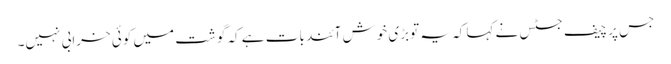
جس پر چیف جسٹس نے کہا کہ یہ توبڑی خوش آئند بات ہے کہ گوشت میں کوئی خرابی نہیں۔